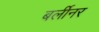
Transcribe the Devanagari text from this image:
बर्लीनर